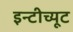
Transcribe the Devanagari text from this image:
इन्टीच्यूट